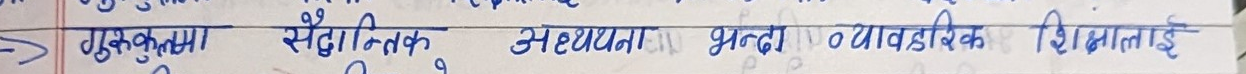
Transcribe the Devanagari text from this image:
गुरुुकुलमा सैद्धान्तिक अध्ययन भन्दा व्यावसायिक शिक्षालाई